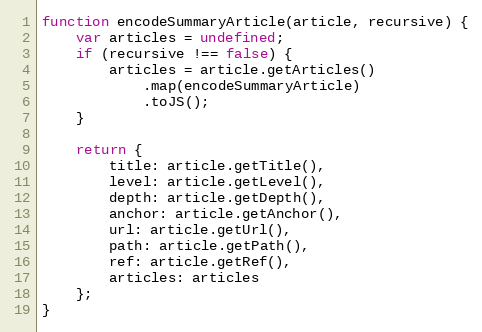
Language: JavaScript
function encodeSummaryArticle(article, recursive) {
    var articles = undefined;
    if (recursive !== false) {
        articles = article.getArticles()
            .map(encodeSummaryArticle)
            .toJS();
    }

    return {
        title: article.getTitle(),
        level: article.getLevel(),
        depth: article.getDepth(),
        anchor: article.getAnchor(),
        url: article.getUrl(),
        path: article.getPath(),
        ref: article.getRef(),
        articles: articles
    };
}